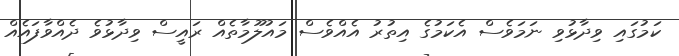
ކަމުގައި ވިދާޅުވި ނަމަވެސް އެކަމުގެ އިތުރު އެއްވެސް މައުލޫމާތެއް ރައީސް ވިދާޅުވެ ދެއްވާފައެއް